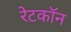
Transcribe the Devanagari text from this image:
रेटकॉन